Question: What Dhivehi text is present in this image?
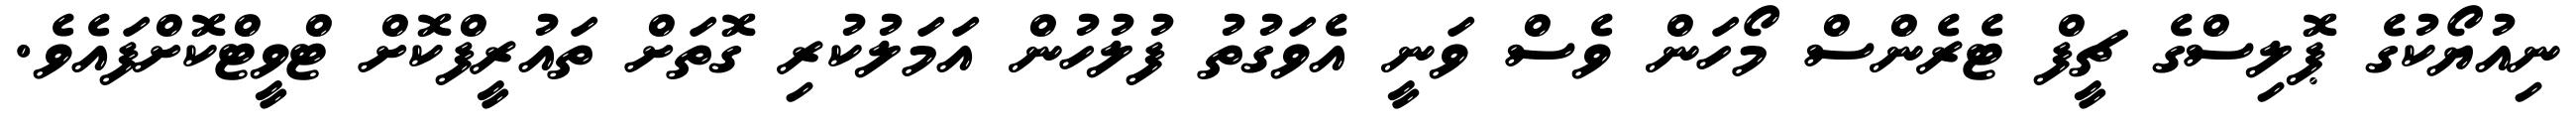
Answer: ނިއުޔޯކުގެ ޕޮލިސްގެ ޗީފް ޓެރެންސް މޯހަން ވެސް ވަނީ އެވަގުތު ފުލުހުން އަމަލުކުރި ގޮތަށް ތައުރީފްކޮށް ޓްވީޓްކޮށްފައެވެ.